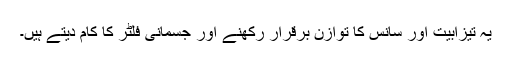
یہ تیزابیت اور سانس کا توازن برقرار رکھنے اور جسمانی فلٹر کا کام دیتے ہیں۔